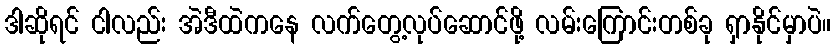
ဒါဆိုရင် ငါလည်း အဲဒီထဲကနေ လက်တွေ့လုပ်ဆောင်ဖို့ လမ်းကြောင်းတစ်ခု ရှာနိုင်မှာပဲ။